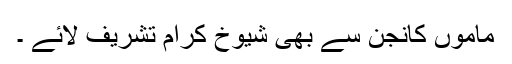
ماموں کانجن سے بھی شیوخ کرام تشریف لائے ۔